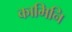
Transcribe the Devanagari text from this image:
कामिनि